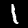
Label: 1